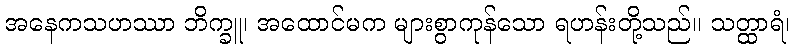
အနေကသဟဿာ ဘိက္ခူ၊ အထောင်မက များစွာကုန်သော ရဟန်းတို့သည်။ သတ္ထာရံ၊